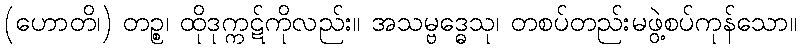
(ဟောတိ၊) တဉ္စ၊ ထိုဒုက္ကဋ်ကိုလည်း။ အသမ္ဗဒ္ဓေသု၊ တစပ်တည်းမဖွဲ့စပ်ကုန်သော။